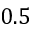
0 . 5